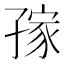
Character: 𱙿